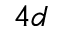
4 d